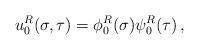
LaTeX: \begin{align*}u_0^R(\sigma,\tau) = \phi_0^R(\sigma) \psi_0^R(\tau)\,,\end{align*}